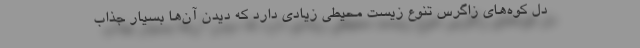
دل کوه‌های زاگرس تنوع زیست محیطی زیادی دارد که دیدن آن‌ها بسیار جذاب